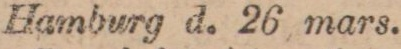
Hamburg d. 26 mars.